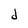
Character: d